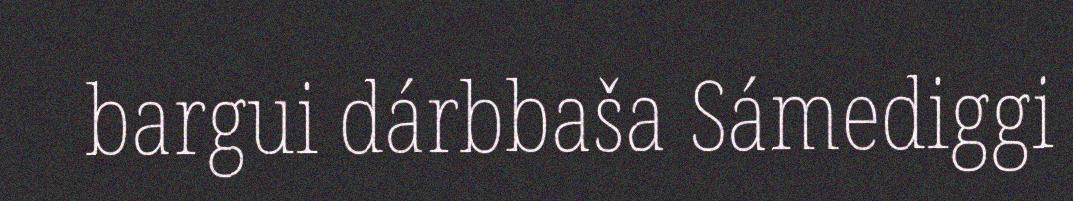
bargui dárbbaša Sámediggi